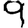
Digit: 9